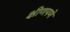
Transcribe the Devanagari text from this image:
क्षीणपणे